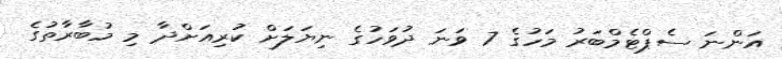
އަންނަ ސެޕްޓެމްބަރު މަހުގެ 7 ވަނަ ދުވަހުގެ ނިޔަލަށް ކުރިއަށްދާ މި މުބާރާތުގެ